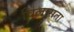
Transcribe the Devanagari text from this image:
विलासता